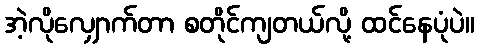
အဲ့လိုလျှောက်တာ စတိုင်ကျတယ်လို့ ထင်နေပုံပဲ။